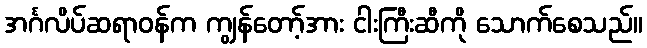
အင်္ဂလိပ်ဆရာဝန်က ကျွန်တော့်အား ငါးကြီးဆီကို သောက်စေသည်။